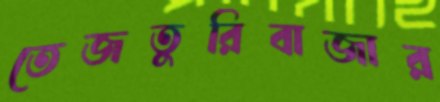
তেজতুরিবাজার